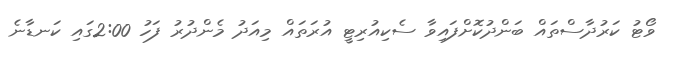
ވޯޓު ކަރުދާސްތައް ބަންދުކޮށްފައިވާ ސެކިއުރިޓީ އުރަތައް މިއަދު މެންދުރު ފަހު 2:00ގައި ކަނޑާނެ